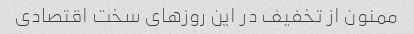
ممنون از تخفیف در این روزهای سخت اقتصادی